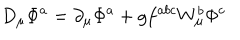
LaTeX: D _ { \mu } \Phi ^ { a } = \partial _ { \mu } \Phi ^ { a } + g f ^ { a b c } W _ { \mu } ^ { b } \Phi ^ { c }